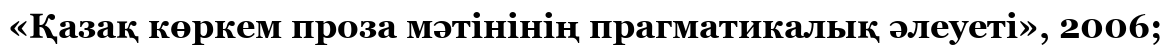
«Қазақ көркем проза мәтінінің прагматикалық әлеуеті», 2006;